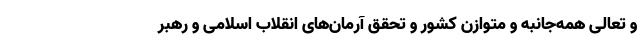
و تعالی همه‌جانبه و متوازن کشور و تحقق آرمان‌های انقلاب اسلامی و رهبر